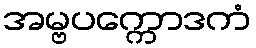
အမ္ဗပက္ကောဒကံ